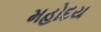
મહોદય